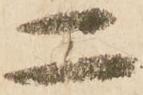
二